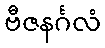
ဗီဇနင်္ဂလံ